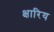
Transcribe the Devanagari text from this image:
क्षारिय